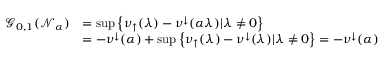
\begin{array} { r l } { \mathcal { G } _ { 0 , 1 } ( \mathcal { N } _ { \alpha } ) } & { = \operatorname* { s u p } \left\{ \nu _ { \uparrow } ( \lambda ) - \nu ^ { \downarrow } ( \alpha \lambda ) | \lambda \neq 0 \right\} } \\ & { = - \nu ^ { \downarrow } ( \alpha ) + \operatorname* { s u p } \left\{ \nu _ { \uparrow } ( \lambda ) - \nu ^ { \downarrow } ( \lambda ) | \lambda \neq 0 \right\} = - \nu ^ { \downarrow } ( \alpha ) } \end{array}